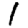
Digit: 1